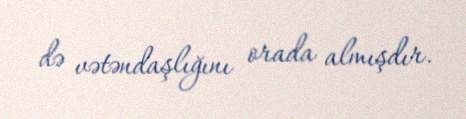
də vətəndaşlığını orada almışdır.